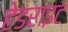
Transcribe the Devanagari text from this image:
हेडराइट